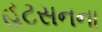
હટસનના